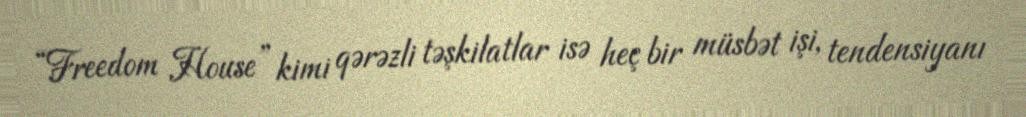
“Freedom House” kimi qərəzli təşkilatlar isə heç bir müsbət işi, tendensiyanı